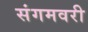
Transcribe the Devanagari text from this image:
संगमवरी